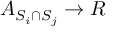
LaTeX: A _ { S _ { i } \cap S _ { j } } \rightarrow R